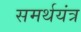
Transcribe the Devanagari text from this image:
समर्थयंत्र